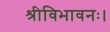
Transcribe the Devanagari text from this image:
श्रीविभावनः।